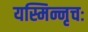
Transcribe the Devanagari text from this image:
यस्मिन्नृचः